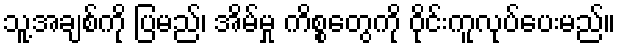
သူ့အချစ်ကို ပြမည်၊ အိမ်မှု ကိစ္စတွေကို ဝိုင်းကူလုပ်ပေးမည်။